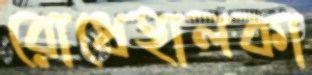
রোধেহালকা